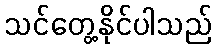
သင်တွေ့နိုင်ပါသည်